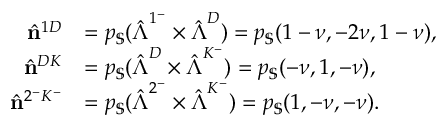
\begin{array} { r l } { \hat { \mathbf { n } } ^ { 1 D } } & { = p _ { \mathbb { S } } ( \hat { \boldsymbol { \Lambda } } ^ { 1 ^ { - } } \times \hat { \boldsymbol { \Lambda } } ^ { D } ) = p _ { \mathbb { S } } ( 1 - \nu , - 2 \nu , 1 - \nu ) , } \\ { \hat { \mathbf { n } } ^ { D K } } & { = p _ { \mathbb { S } } ( \hat { \boldsymbol { \Lambda } } ^ { D } \times \hat { \boldsymbol { \Lambda } } ^ { K ^ { - } } ) = p _ { \mathbb { S } } ( - \nu , 1 , - \nu ) , } \\ { \hat { \mathbf { n } } ^ { 2 ^ { - } K ^ { - } } } & { = p _ { \mathbb { S } } ( \hat { \boldsymbol { \Lambda } } ^ { 2 ^ { - } } \times \hat { \boldsymbol { \Lambda } } ^ { K ^ { - } } ) = p _ { \mathbb { S } } ( 1 , - \nu , - \nu ) . } \end{array}